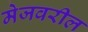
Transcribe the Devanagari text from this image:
मेजवरील